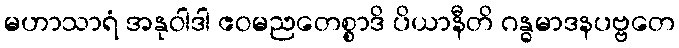
မဟာသာရံ အနုဝါဒါ ဧဝမညတေစ္စာဒိ ပိယာနီတိ ဂန္ဓမာဒနပဗ္ဗတေ